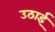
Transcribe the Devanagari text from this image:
उठाईं